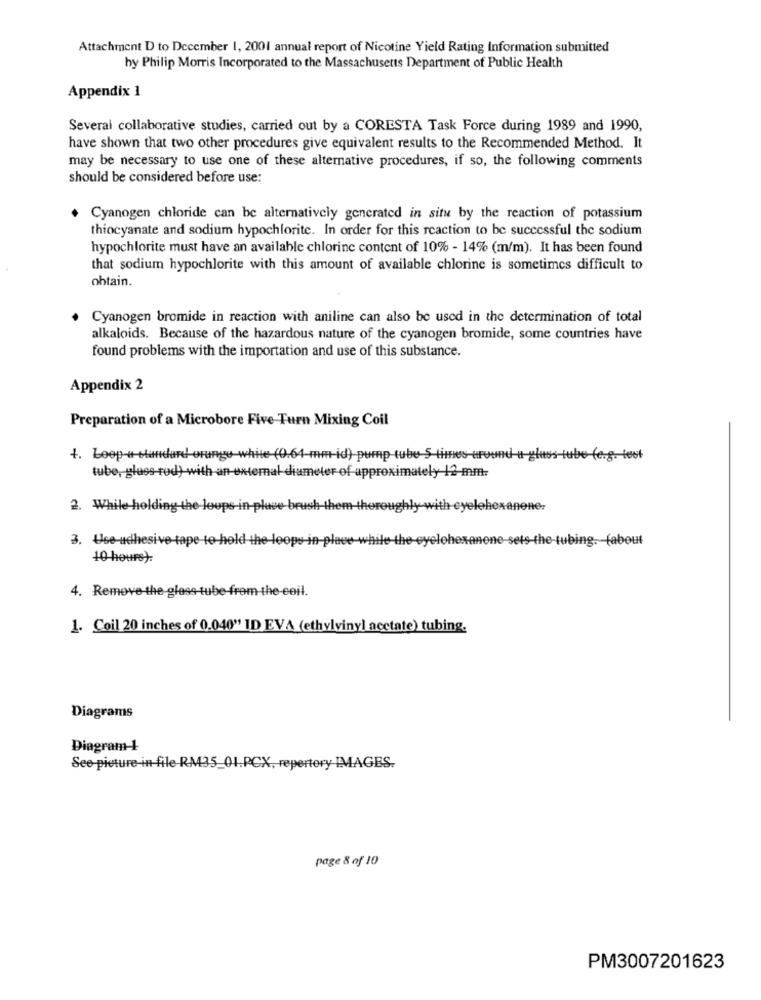
Attachment D to December 1, 2001 annual report of Nicotine Yield Rating Information submitted
by Philip Morris Incorporated to the Massachusetts Department of Public Health
Appendix 1
Several collaborative studies, carried out by a CORESTA Task Force during 1989 and 1990,
have shown that two other procedures give equivalent results to the Recommended Method. It
may be necessary to use one of these alternative procedures, if so, the following comments
should be considered before use:
Cyanogen chloride can be alternatively generated in situ by the reaction of potassium
thiocyanate and sodium hypochlorite. In order for this reaction to be successful the sodium
hypochlorite must have an available chlorine content of 10% - 14% (m/m). It has been found
that sodium hypochlorite with this amount of available chlorine is sometimes difficult to
obtain.
Cyanogen bromide in reaction with aniline can also be used in the determination of total
alkaloids. Because of the hazardous nature of the cyanogen bromide, some countries have
found problems with the importation and use of this substance.
Appendix 2
Preparation of a Microbore Five Turn Mixing Coil
1. Loop-a-standard orange white (0.64-mm-id) pump-tube-5-tites-urod
test
tube, glass-rod) with an external diameter of approximately 12-mm-
2. While hold
the loups in-pluee brush-the
m-there
ighly with-
Kanene:
3. Use-adhesive tape-to hold the
ne-sets-the-tubing. fabout
10 hours):
4. Remove the glass tube from the coil.
1. Coil 20 inches of 0.040"' ID EVA (ethylvinyl acctate) tubing.
Diagrams
Diagram-+
See-picture-in file-RM35_01.PCX, repertory IMAGES.
page 8 of 10
PM3007201623